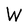
Character: W